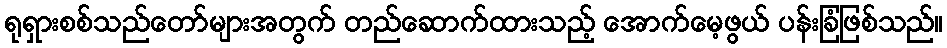
ရုရှားစစ်သည်တော်များအတွက် တည်ဆောက်ထားသည့် အောက်မေ့ဖွယ် ပန်းခြံဖြစ်သည်။